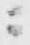
ニ